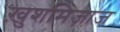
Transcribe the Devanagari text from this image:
ख़ुशमिज़ाज